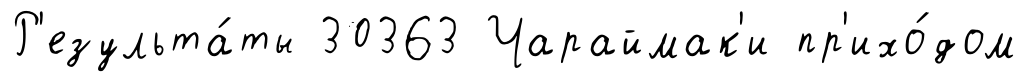
Р'езульта́ты 30363 Чараймак'и пр'ихо́дом